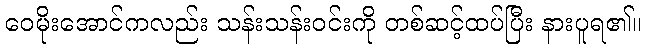
ဝေမိုးအောင်ကလည်း သန်းသန်းဝင်းကို တစ်ဆင့်ထပ်ပြီး နားပူရ၏။